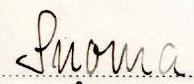
Suoma